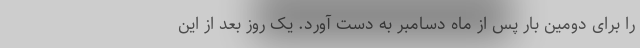
را برای دومین بار پس از ماه دسامبر به دست آورد. یک روز بعد از این